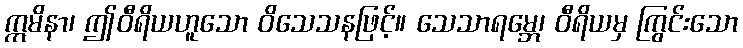
ဣမိနာ၊ ဤဝီရိယဟူသော ဝိသေသနဖြင့်။ သေသာရမ္ဘေ၊ ဝီရိယမှ ကြွင်းသော